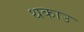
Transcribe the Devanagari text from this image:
थकाउ